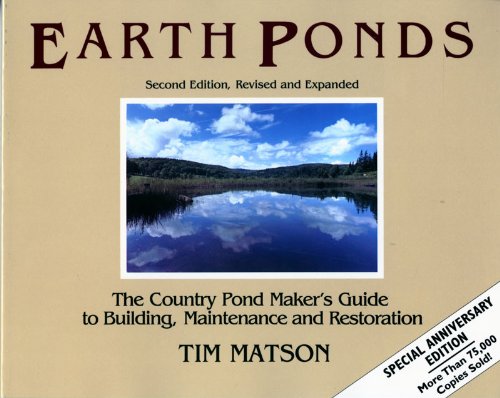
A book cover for Earth Ponds: The Country Pond Maker's Guide to Building, Maintenance and Restoration (Second Edition); Tim Matson; Science & Math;